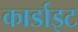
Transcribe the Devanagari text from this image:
कार्डाइट